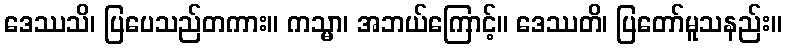
ဒေဿသိ၊ ပြပေသည်တကား။ ကသ္မာ၊ အဘယ်ကြောင့်။ ဒေဿတိ၊ ပြတော်မူသနည်း။